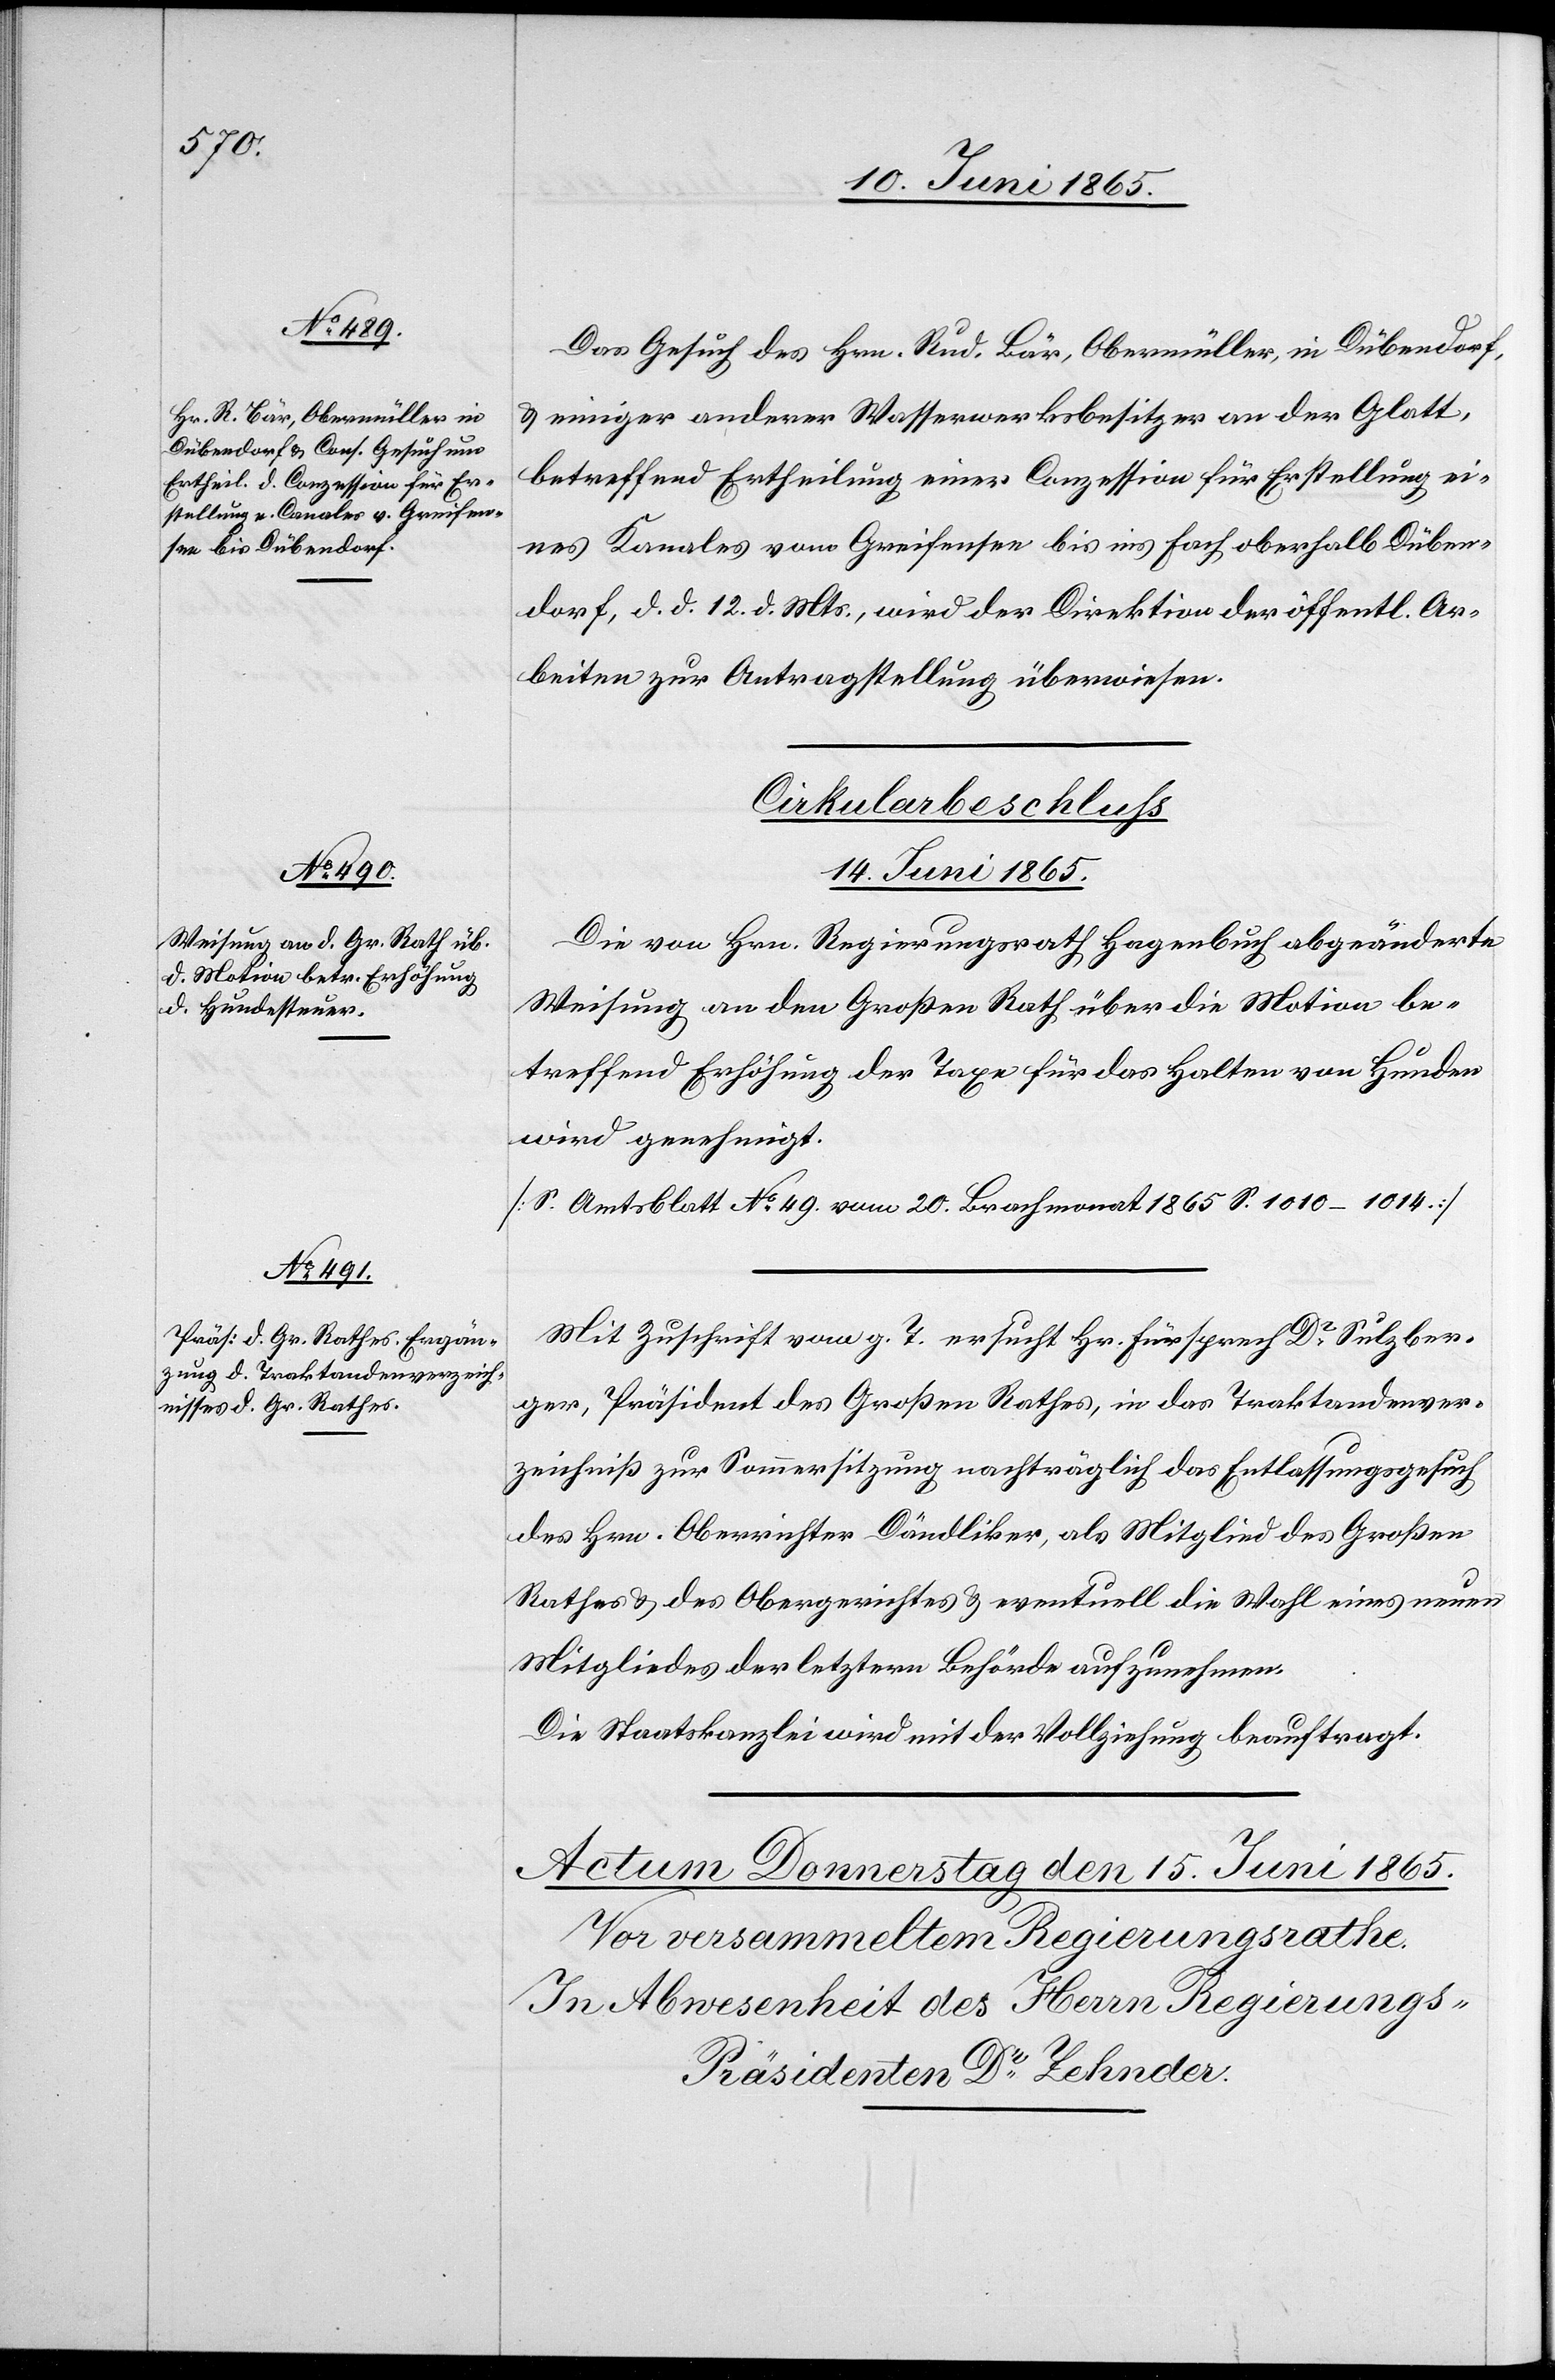
Das Gesuch des Hrn. Rud. Bär, Obermüller, in Dübendorf,
& einiger anderer Wasserwerksbesitzer an der Glatt,
betreffend Ertheilung einer Conzession für Erstellung ei¬
nes Kanales vom Greifensee bis ins Fach oberhalb Düben¬
dorf, d. d. 12. d. Mts., wird der Direktion der öffentl. Ar¬
beiten zur Antragstellung überwiesen.
Cirkularbeschluss
14. Juni 1865.]
Die von Hrn. Regierungsrath Hagenbuch abgeänderte
Weisung an den Großen Rath über die Motion be¬
treffend Erhöhung der Taxe für das Halten von Hunden
wird genehmigt.
[S. Amtsblatt No 49. vom 20. Brachmonat 1865. S. 1010–1014.]
Mit Zuschrift vom g. T. ersucht Hr. Fürsprech Dr Sulzber¬
ger, Präsident des Großen Rathes, in das Traktandenver¬
zeichniß zur Sommersitzung nachträglich das Entlassungsgesuch
des Hrn. Oberrichter Dändliker, als Mitglied des Großen
Rathes & des Obergerichtes & eventuell die Wahl eines neuen
Mitgliedes der letztern Behörde aufzunehmen.
Die Staatskanzlei wird mit der Vollziehung beauftragt.